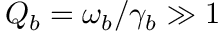
Q _ { b } = \omega _ { b } / \gamma _ { b } \gg 1